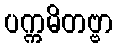
ပက္ကမိတဗ္ဗာ